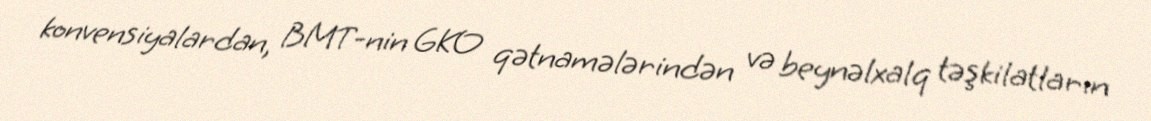
konvensiyalardan, BMT-nin GKO qətnamələrindən və beynəlxalq təşkilatların